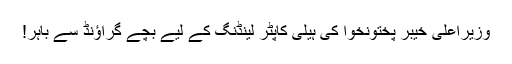
وزیراعلی خیبر پختونخوا کی ہیلی کاپٹر لینڈنگ کے لیے بچے گراؤنڈ سے باہر!